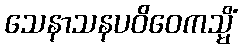
သေနာသနပဝိဝေကသ္မိံ